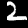
Label: 2